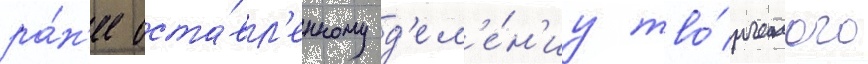
ра́н'ее оста́вл'енному д'ел'е́н'иу тво́рческого